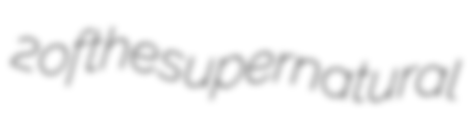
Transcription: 2 of the supernatural